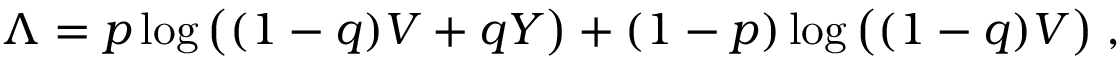
\Lambda = p \log \big ( ( 1 - q ) V + q Y \big ) + ( 1 - p ) \log \big ( ( 1 - q ) V \big ) \; ,